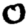
Digit: 0